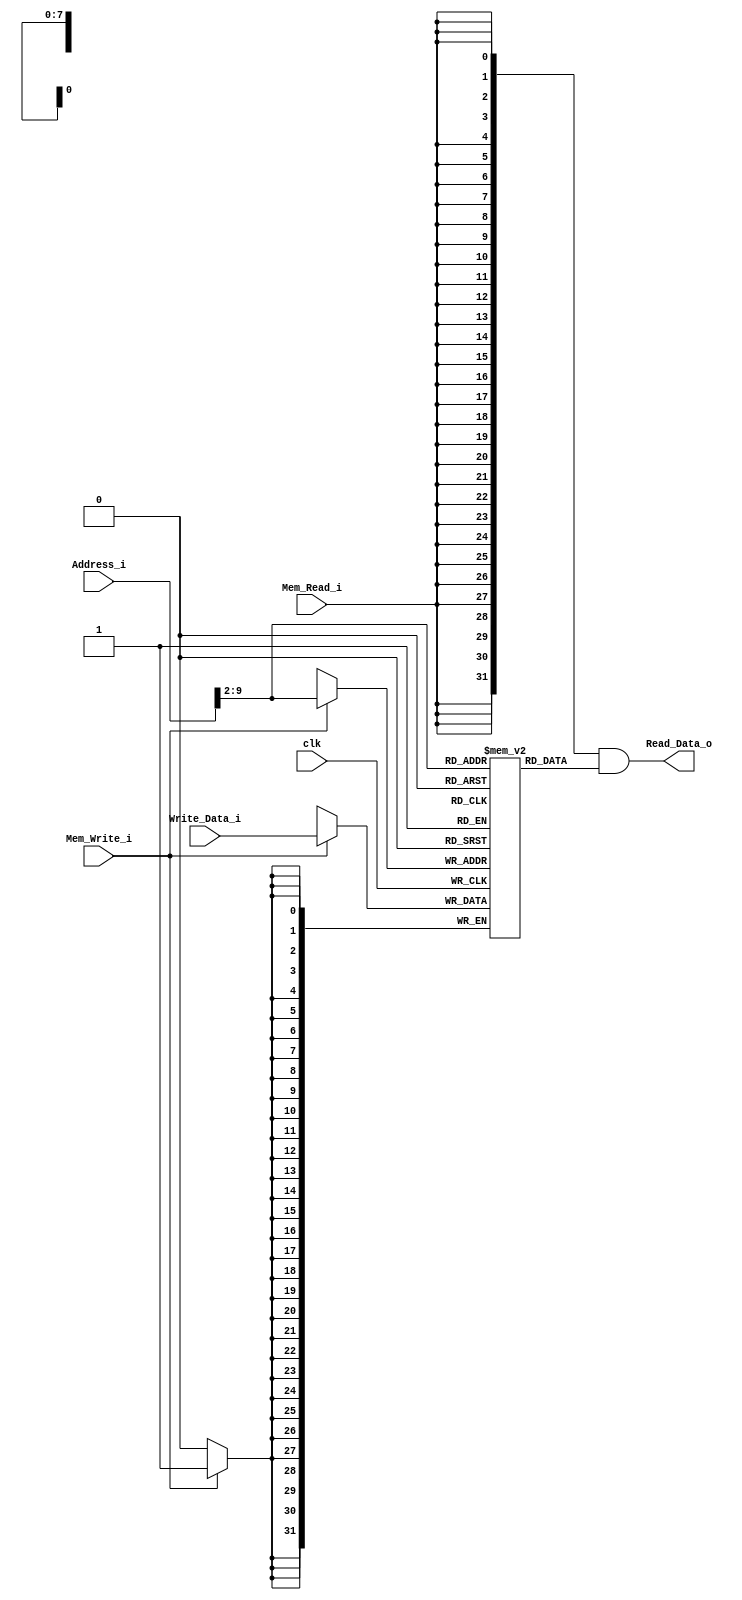
/******************************************************************
* Description
*	This is the data memory for the RISC-V processor
*	1.0
* Author:
*	Dr. Jos Luis Pizano Escalante
* email:
*	luispizano@iteso.mx
* Date:
*	16/08/2021
******************************************************************/

module Data_Memory 
#(	parameter DATA_WIDTH = 32,
	parameter MEMORY_DEPTH = 256

)
(
	input clk,
	input Mem_Write_i,
	input Mem_Read_i,
	input [DATA_WIDTH-1:0] Write_Data_i,
	input [DATA_WIDTH-1:0]  Address_i,

	output  [DATA_WIDTH-1:0]  Read_Data_o
);
	
wire [DATA_WIDTH-1 : 0] real_address;	

assign real_address = {2'b0, Address_i[15:2]};
	
	// Declare the RAM variable
	reg [DATA_WIDTH-1:0] ram[MEMORY_DEPTH-1:0];
	wire [DATA_WIDTH-1:0] read_data_aux;

	always @ (posedge clk)
	begin
		// Write
		if (Mem_Write_i)
			ram[real_address] <= Write_Data_i;
	end
	
	assign read_data_aux = ram[real_address];
	
  	assign Read_Data_o = { DATA_WIDTH { Mem_Read_i } } & read_data_aux;

endmodule